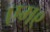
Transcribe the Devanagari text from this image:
एम९